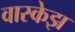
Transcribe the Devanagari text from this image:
वास्केझ